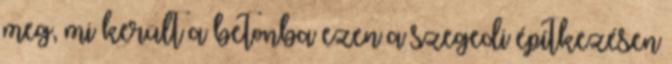
meg, mi került a betonba ezen a szegedi építkezésen